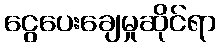
ငွေပေးချေမှုဆိုင်ရာ